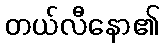
တယ်လီနော၏